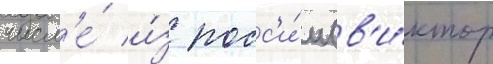
числ'е́ и́з росс'и́и (в'и́ктор